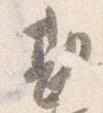
勘